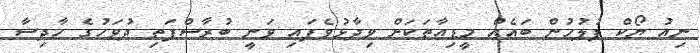
ނިއު ޔޯކް ފުލުހުން ބައެއް މީޑިއާތަކަށް ވިދާޅުވެފައި ވަނީ ބުރާސްފަތި ދުވަހުގެ ހާދިސާ